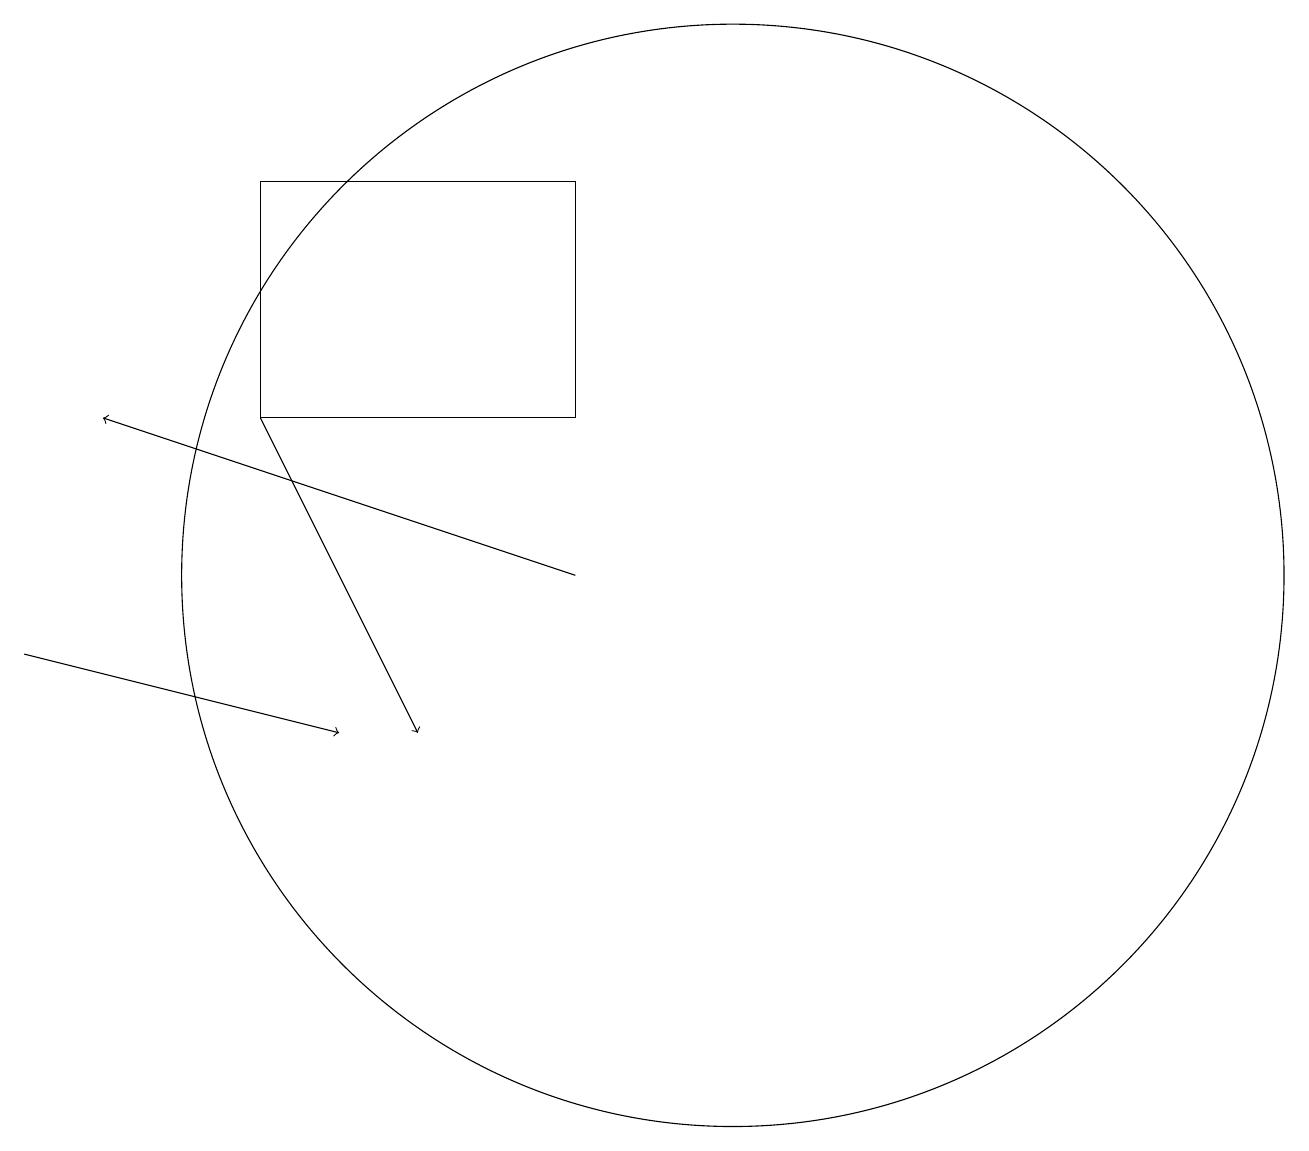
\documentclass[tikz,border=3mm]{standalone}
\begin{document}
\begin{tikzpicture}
\draw (8,14) rectangle (4,17);
\draw[->] (1,11) -- (5,10);
\draw[->] (4,14) -- (6,10);
\draw (10,12) circle (7);
\draw[->] (8,12) -- (2,14);
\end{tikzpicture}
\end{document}